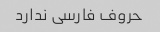
حروف فارسی ندارد